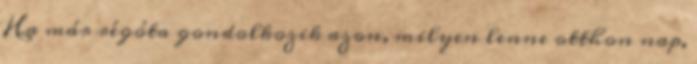
Ha már régóta gondolkozik azon, milyen lenne otthon nap,